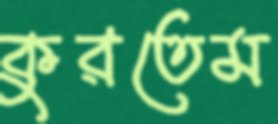
কুরতেম